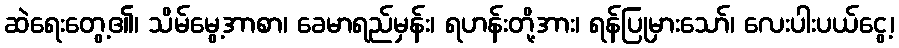
ဆဲရေးတွေ့၏၊ သိမ်မွေ့အာစာ၊ ခေမာရည်မှန်း၊ ရဟန်းတို့အား၊ ရန်ပြုမှားသော်၊ လေးပါးပယ်ငွေ့၊